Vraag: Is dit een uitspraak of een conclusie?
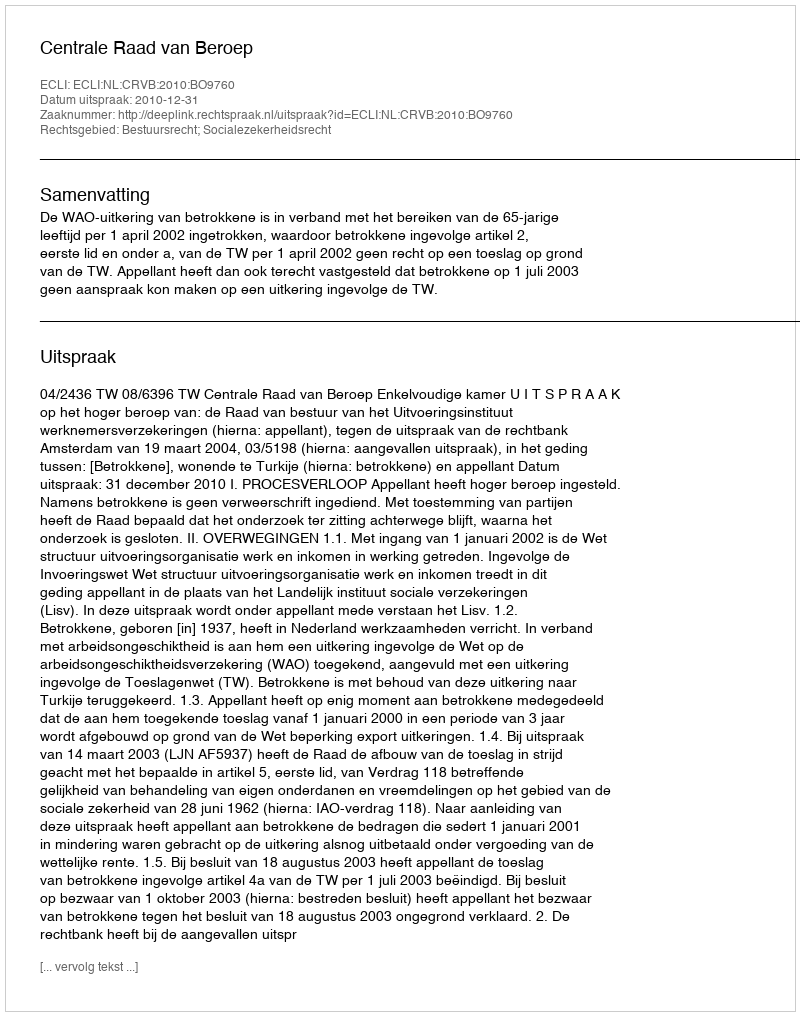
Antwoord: Uitspraak